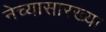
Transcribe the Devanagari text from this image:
नेच्यासारख्या